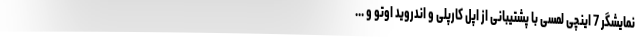
نمایشگر 7 اینچی لمسی با پشتیبانی از اپل کارپلی و اندروید اوتو و ...